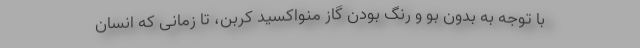
با توجه به بدون بو و رنگ بودن گاز منواکسید کربن، تا زمانی که انسان